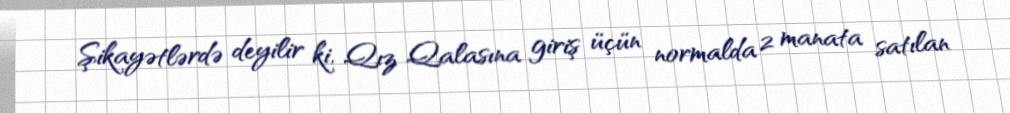
Şikayətlərdə deyilir ki, Qız Qalasına giriş üçün normalda 2 manata satılan